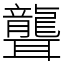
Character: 聾